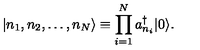
| n _ { 1 } , n _ { 2 } , \dots , n _ { N } \rangle \equiv \prod _ { i = 1 } ^ { N } a _ { n _ { i } } ^ { \dagger } | 0 \rangle .